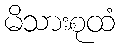
မိသားစုထံ